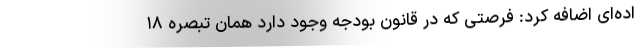
اده‌ای اضافه کرد: فرصتی که در قانون بودجه وجود دارد همان تبصره ۱۸